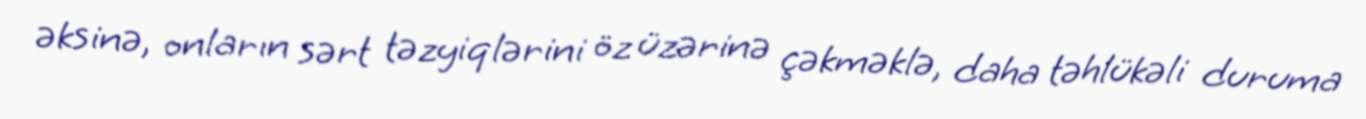
əksinə, onların sərt təzyiqlərini öz üzərinə çəkməklə, daha təhlükəli duruma